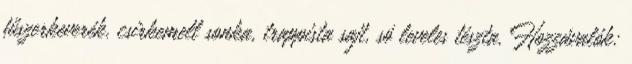
fűszerkeverék, csirkemell sonka, trappista sajt, só leveles tészta. Hozzávalók: